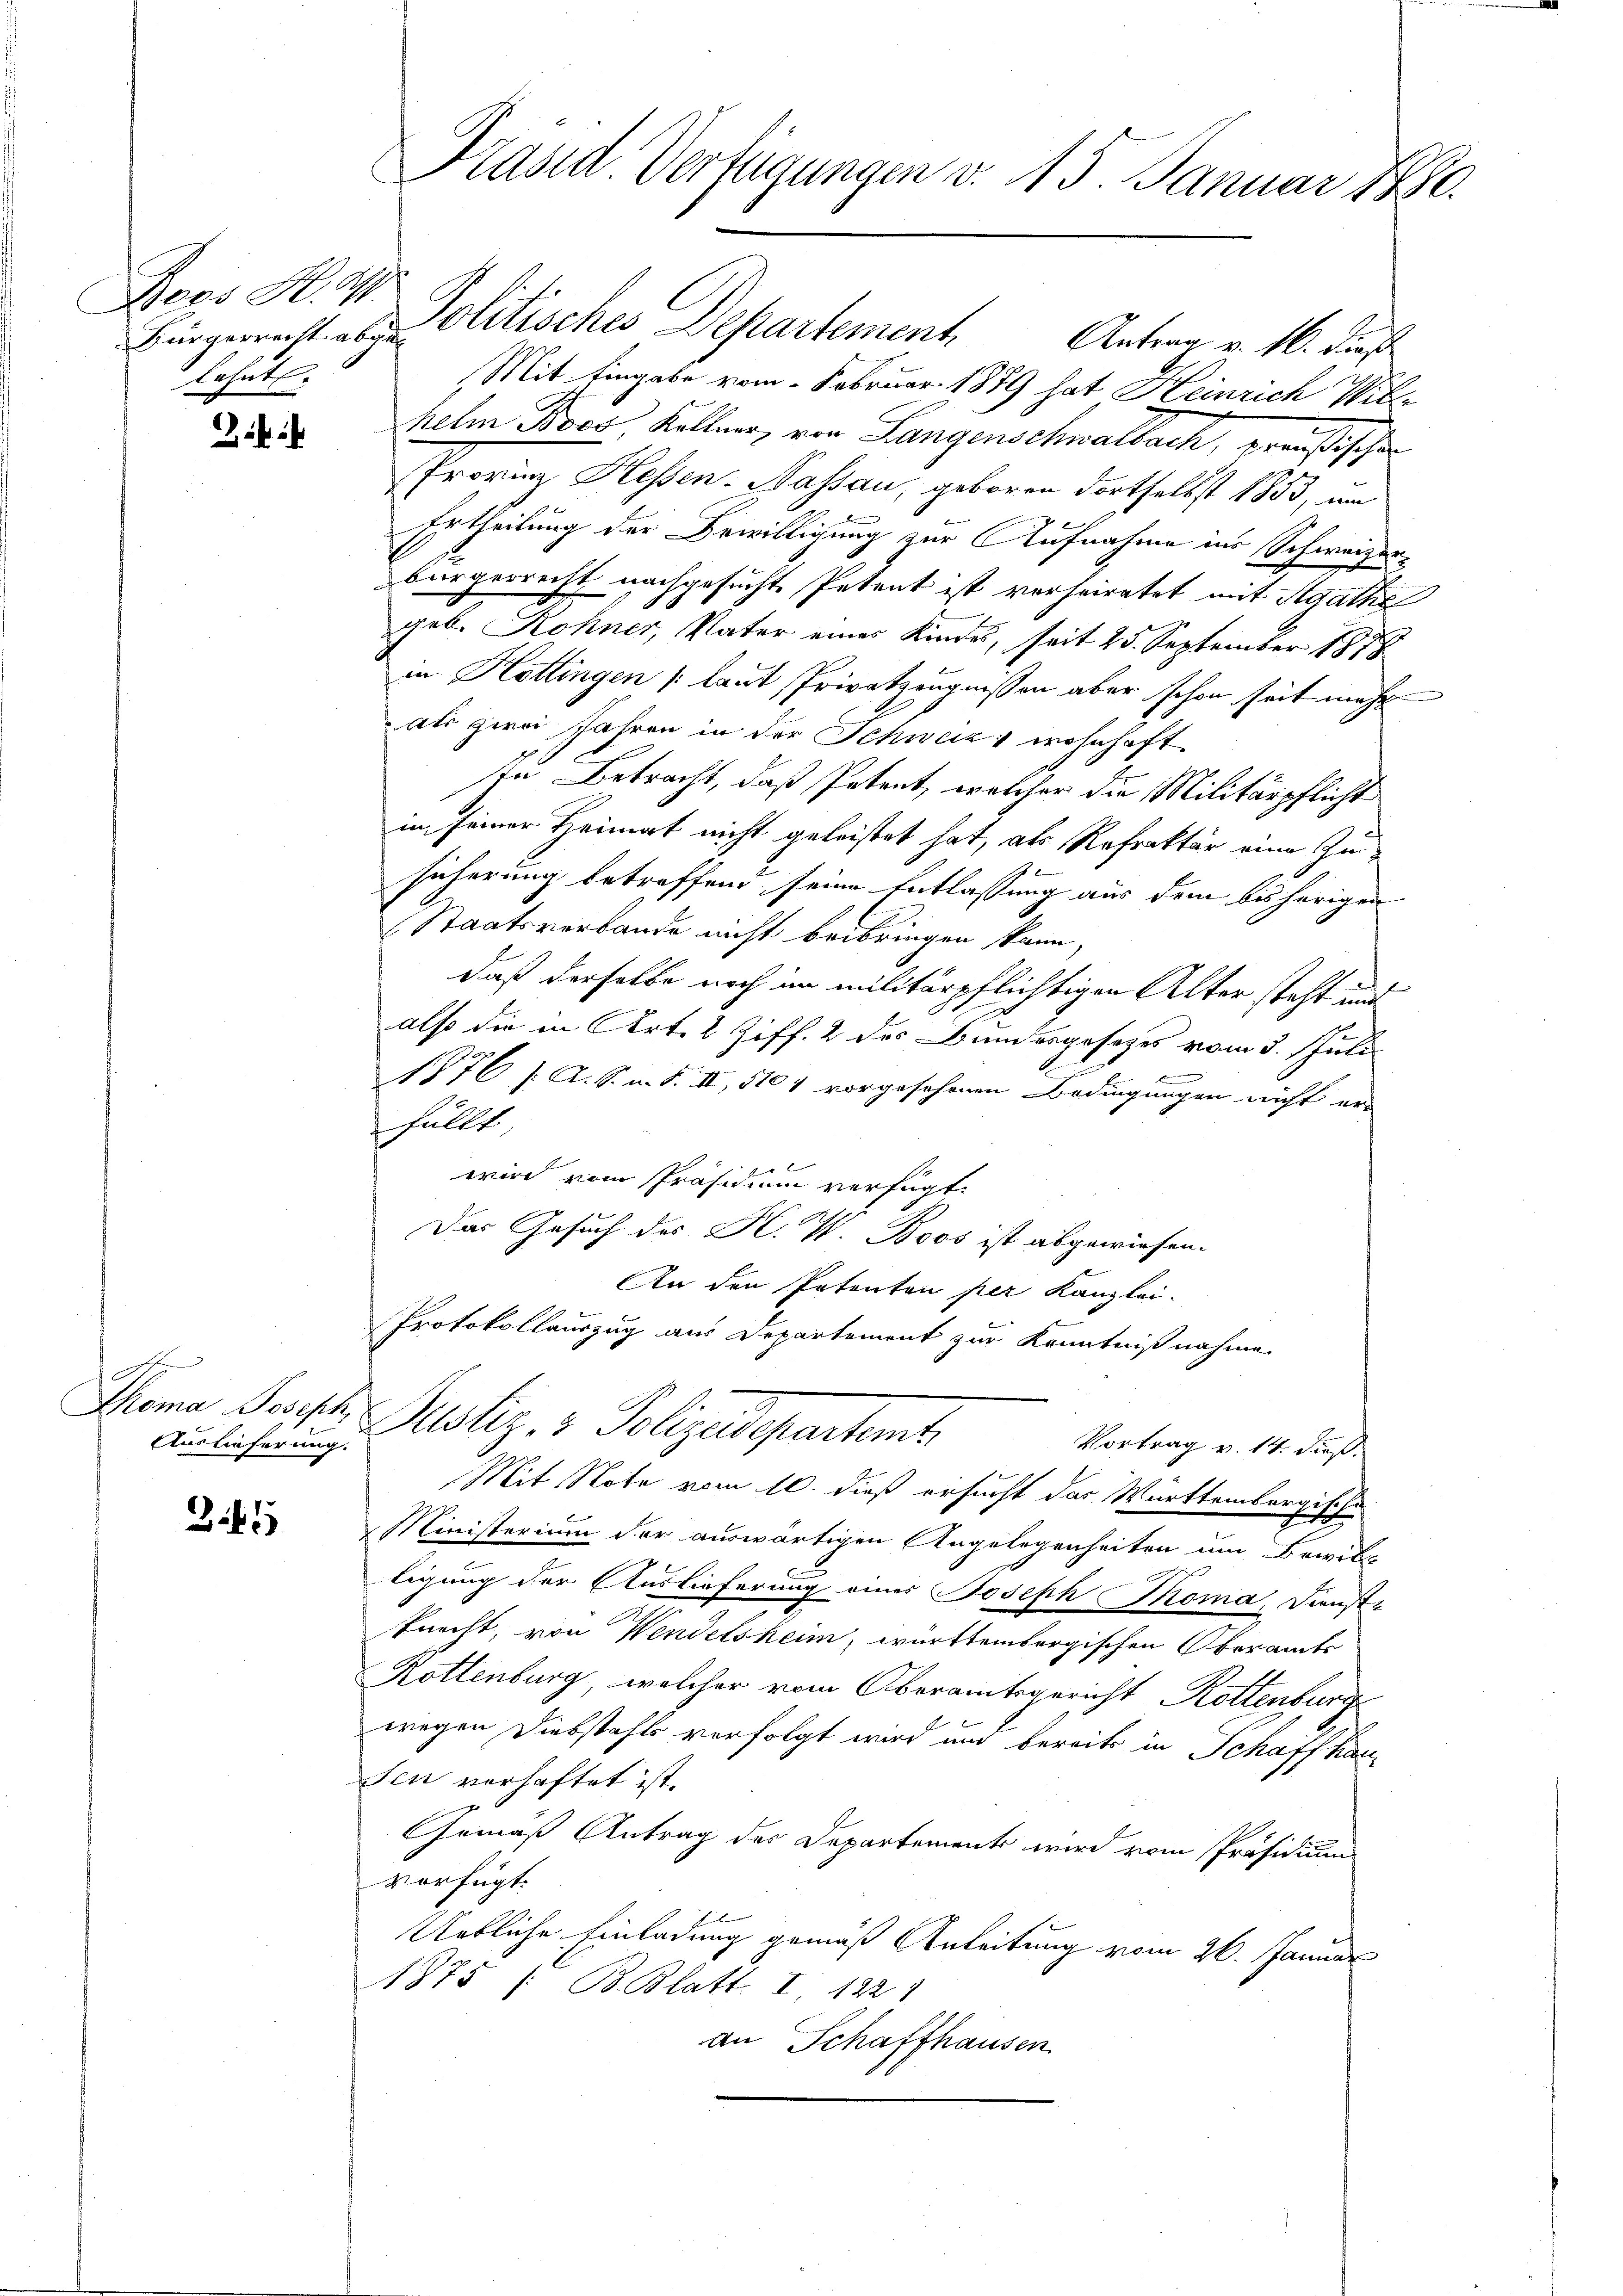
Boos Ha
lehnt.

A
Auslieferung.

3.45

Bingerrath es Politisches Departement Antrag v. 16. Ju
Mit Eingabe vom Februar 1889 hat Heinrich Will
helm Boos, Kellner, von Langenschwalbach, preußischen
Provinz Hessen. Nassau, geboren dortselbst 1853, um
Ertheilung der Bewilligung zur Aufnahme ins Schweizerbürgerrecht nachgesucht Petent ist vorheiratet mit Agaths
geb. Rohner, Vater eines Kindes, seit 25. September 1878
in Hottingen (laut Privatzeugnissen aber schon seit mehr
als zwei Jahren in der Schweiz wohnhaft.
In Betracht, daß Petent, welcher die Militärpflicht
in seiner Heimat nicht geleistet hat, als Refraktär eine Zusicherung betreffend, seine Entlassung aus dem bisherigen
Staatsverbande nicht beibringen kann,
daß derselbe noch im militärpflichtigen Alter steht und
also die in Art. 2 Ziff. 2 des Bundesgesetzes vom 3. Juli
1876 f. A. S. m. S. II, 510 4 vorgesehenen Bedingungen nicht erfüllt.
wird vom Präsidium verfügt
Das Gesuch des K. V. Boos ist abgewiesen.
An den Petenten per Kanzlei.
Protokollauszug aus Departement zur Kenntnißnahme
Moma Preist. Justiz- & Polizeidepartemt
Vortrag v. 14. dieß.
Mit Note vom 10. dieß ersucht das Württembergische
x
Ministerium der auswärtigen Angelegenheiten um Bewil-
ligung der Auslieferung eines Joseph Thoma Dienste
knecht, von Wendelsheim, württembergischen Oberamts
Rottenburg, welcher vom Oberamtsgericht Rottenburg
wegen Diebstahls verfolgt wird und bereits in Schaffhausen verhaftet ist.
Gemäß Antrag des Departements wird vom Präsidium
vorfügt:
Uebliche Einladung gemäß Anleitung vom 26. Januar
1875 / B. Blatt. I, 122 1
an Schaffhausen

Prasd Verfügungen v. 15. Januar 1880.